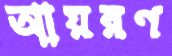
আয়রণ